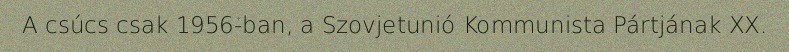
A csúcs csak 1956-ban, a Szovjetunió Kommunista Pártjának XX.